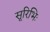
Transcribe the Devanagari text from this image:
सूरिभिः